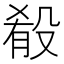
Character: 殽